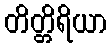
တိတ္တိရိယာ